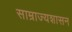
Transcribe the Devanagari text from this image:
साम्राज्यशासन